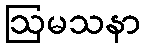
ဩမသနာ